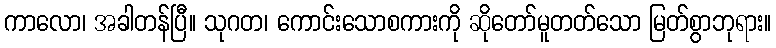
ကာလော၊ အခါတန်ပြီ။ သုဂတ၊ ကောင်းသောစကားကို ဆိုတော်မူတတ်သော မြတ်စွာဘုရား။